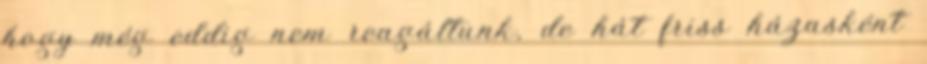
hogy még eddig nem reagáltunk, de hát friss házasként